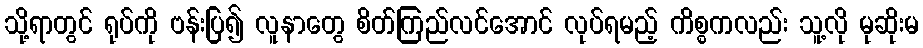
သို့ရာတွင် ရုပ်ကို ဗန်းပြ၍ လူနာတွေ စိတ်ကြည်လင်အောင် လုပ်ရမည့် ကိစ္စကလည်း သူ့လို မုဆိုးမ